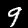
Label: 9